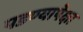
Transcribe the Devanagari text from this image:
पडण्यापेक्षा